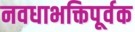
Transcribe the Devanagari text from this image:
नवधाभक्तिपूर्वक